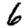
Digit: 6